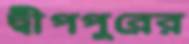
দ্বীপপুরের